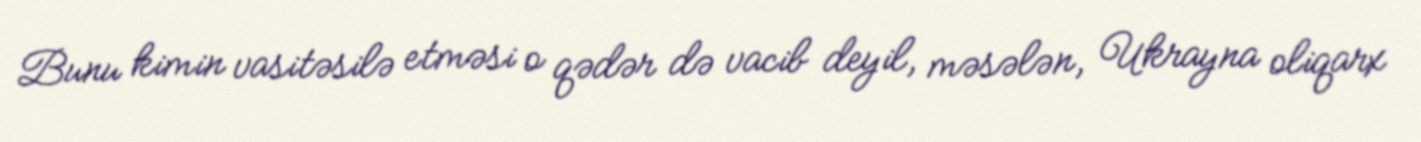
Bunu kimin vasitəsilə etməsi o qədər də vacib deyil, məsələn, Ukrayna oliqarx